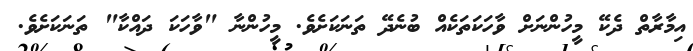
އިމާރާތް ދެކޭ މީހުންނަށް ވާހަކަތަކެއް ބުނެދޭ ތަނަކަށެވެ. މީހުންނާ "ވާހަކަ ދައްކާ" ތަނަކަށެވެ.